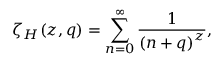
\zeta _ { H } ( z , q ) = \sum _ { n = 0 } ^ { \infty } \frac { 1 } { \left( n + q \right) ^ { z } } ,